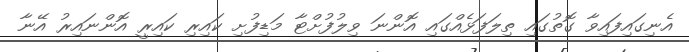
އެނިގައިފައިވާ ގޮތުގައި ތިލަފަޅެއްގައި އޮންނަ ވިލުފުށްޓާ މަޑިފުށި ކައިރި ކައިރީ އޮންނައިރު އޭނާ